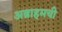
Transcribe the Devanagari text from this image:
अब्राहमची